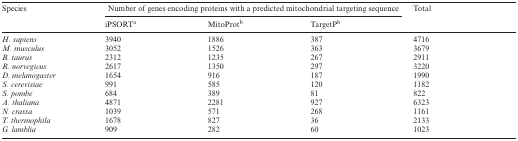
<table><thead><tr><td><b>Species</b></td><td colspan="3"><b>Number of genes encoding proteins with a predicted mitochondrial targeting sequence</b></td><td><b>Total</b></td></tr><tr><td></td><td><b>iPSORT<sup>a</sup></b></td><td><b>MitoProt<sup>b</sup></b></td><td><b>TargetP<sup>b</sup></b></td><td></td></tr></thead><tbody><tr><td><i>H. sapiens</i></td><td>3940</td><td>1886</td><td>387</td><td>4716</td></tr><tr><td><i>M. musculus</i></td><td>3052</td><td>1526</td><td>363</td><td>3679</td></tr><tr><td><i>B. taurus</i></td><td>2312</td><td>1235</td><td>267</td><td>2911</td></tr><tr><td><i>R. norvegicus</i></td><td>2617</td><td>1350</td><td>297</td><td>3220</td></tr><tr><td><i>D. melanogaster</i></td><td>1654</td><td>916</td><td>187</td><td>1990</td></tr><tr><td><i>S. cerevisiae</i></td><td>991</td><td>585</td><td>120</td><td>1182</td></tr><tr><td><i>S. pombe</i></td><td>684</td><td>389</td><td>81</td><td>822</td></tr><tr><td><i>A. thaliana</i></td><td>4871</td><td>2281</td><td>927</td><td>6323</td></tr><tr><td><i>N. crassa</i></td><td>1039</td><td>571</td><td>268</td><td>1161</td></tr><tr><td><i>T. thermophila</i></td><td>1678</td><td>827</td><td>36</td><td>2133</td></tr><tr><td><i>G. lamblia</i></td><td>909</td><td>282</td><td>60</td><td>1023</td></tr></tbody></table>